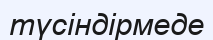
түсіндірмеде